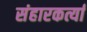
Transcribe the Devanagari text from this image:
संहारकर्त्या